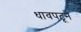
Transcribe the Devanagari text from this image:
धावपटूने